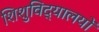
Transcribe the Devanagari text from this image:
शिशुविद्यालयों